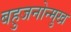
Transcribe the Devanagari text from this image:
बहुजनोन्मुख